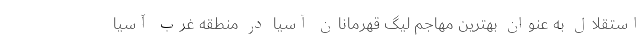
استقلال به عنوان بهترین مهاجم لیگ قهرمانان آسیا در منطقه غرب آسیا